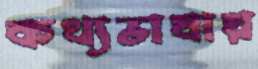
কথ্যভাষায়